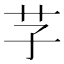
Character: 芓